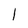
Character: 1